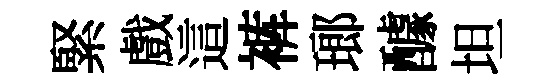
緊戲這裤瑯醵坦